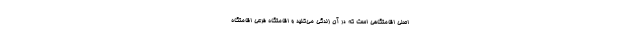
اصلی اقامتگاهی است که در آن زندگی می‌کنید و اقامتگاه فرعی اقامتگاه